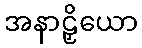
အနာဠှိယော